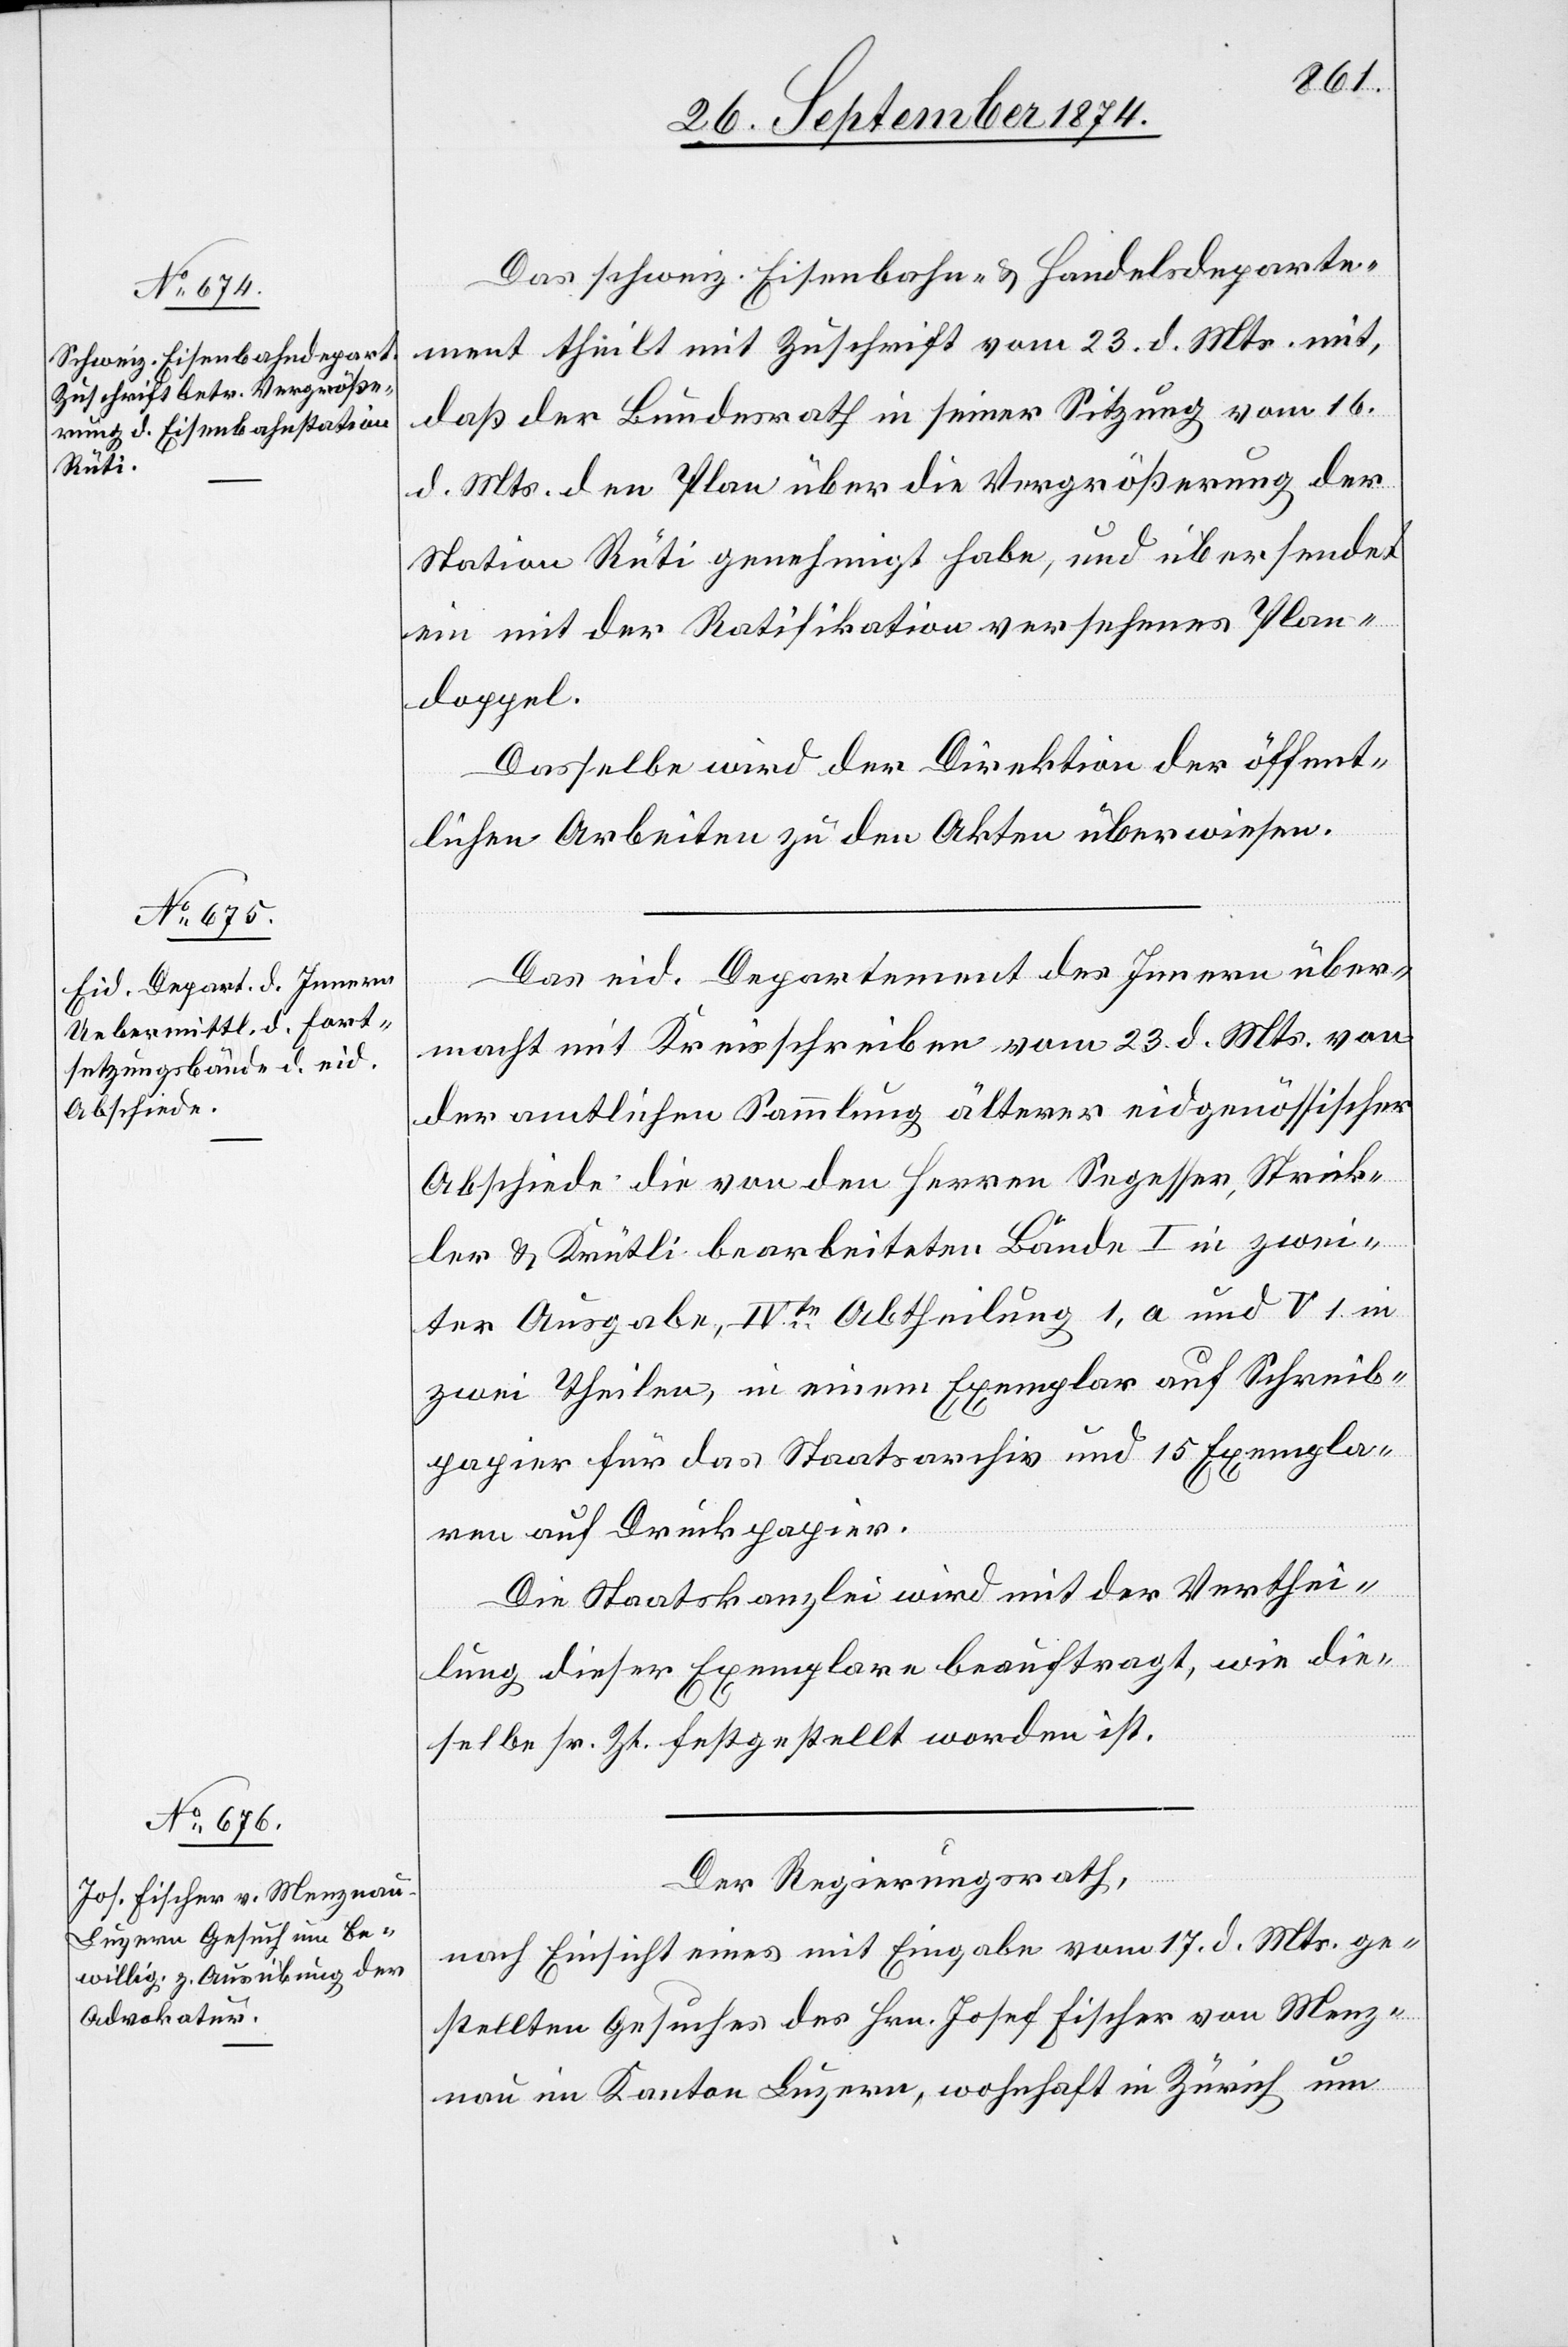
Das schweiz. Eisenbahn- & Handelsdeparte¬
ment theilt mit Zuschrift vom 23. d. Mts. mit,
daß der Bundesrath in seiner Sitzung vom 16.
d. Mts. den Plan über die Vergrößerung der
Station Rüti genehmigt habe, und übersendet
ein mit der Ratifikation versehenes Plan¬
doppel.
Dasselbe wird der Direktion der öffent¬
lichen Arbeiten zu den Akten überwiesen.
Das eid. Departement des Innern über¬
macht mit Kreisschreiben vom 23. d. Mts. von
der amtlichen Sammlung älterer eidgenössischer
Abschiede die von den Herren Segesser, Strick¬
ler & Krütli bearbeiteten Bände I in zwei¬
ter Ausgabe, IVte Abtheilung, 1, a und V 1 in
zwei Theilen, in einem Exemplar auf Schreib¬
papier für das Staatsarchiv und 15 Exempla¬
re auf Druckpapier.
Die Staatskanzlei wird mit der Verthei¬
lung dieser Exemplare beauftragt, wie die¬
selbe sr. Zt. festgestellt worden ist.
Der Regierungsrath,
nach Einsicht eines mit Eingabe vom 17. d. Mts. ge¬
stellten Gesuches des Hrn. Josef Fischer von Menz¬
nau im Kanton Luzern, wohnhaft in Zürich um